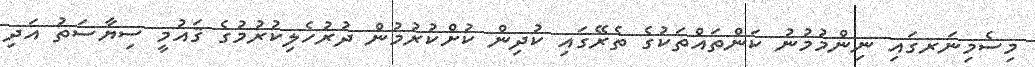
މިސެމިނަރގައި ނިންމުމުނު ކަންތައްތަކުގެ ތެރޭގައި ކުދިން ކުށްކުރުމުން ދުރުހެލިކުރުމުގެ ޤައުމީ ސިޔާސަތު އަދި